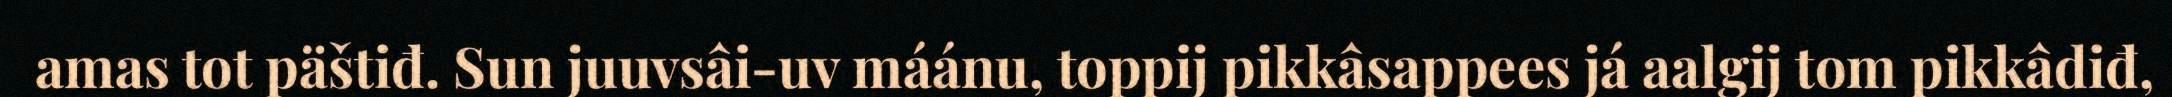
amas tot päštiđ. Sun juuvsâi-uv máánu, toppij pikkâsappees já aalgij tom pikkâdiđ,